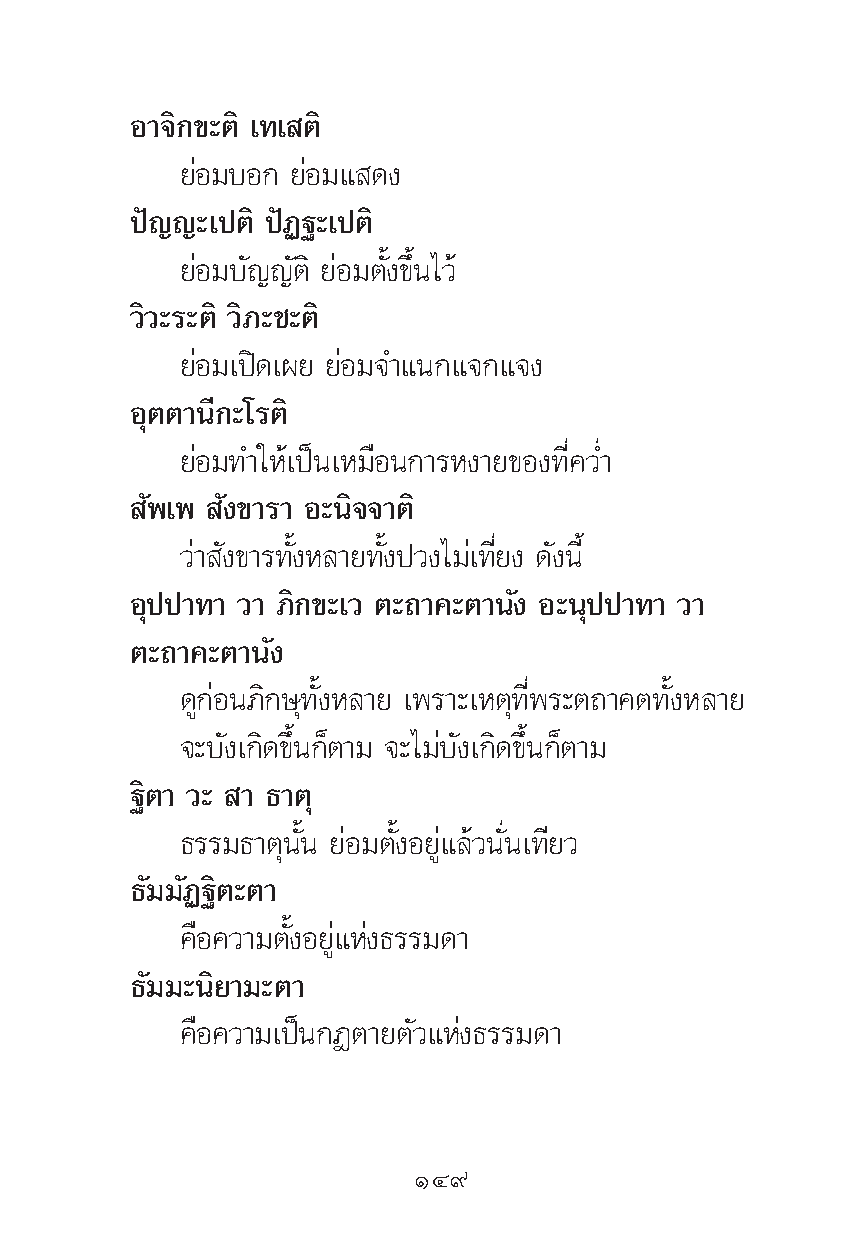
Õ“®‘°¢–μ‘ ‡∑‡ μ‘
 ¬àÕ¡∫Õ° ¬àÕ¡· ¥ß
 ªí≠≠–‡ªμ‘ ªíØ∞–‡ªμ‘
 ¬àÕ¡∫—≠≠—μ‘ ¬àÕ¡μ—Èß¢÷Èπ‰«â
 «‘«–√–μ‘ «‘¿–™–μ‘
 ¬àÕ¡‡ªî¥‡º¬ ¬àÕ¡®”·π°·®°·®ß
 Õÿμμ“π’°–‚√μ‘
 ¬àÕ¡∑”„Àâ‡ªìπ‡À¡◊Õπ°“√Àß“¬¢Õß∑’Ë§«Ë”
 —æ‡æ —ß¢“√“ Õ–π‘®®“μ‘
 «à“ —ß¢“√∑—ÈßÀ≈“¬∑—Èßª«ß‰¡à‡∑’Ë¬ß ¥—ßπ’È
 Õÿªª“∑“ «“ ¿‘°¢–‡« μ–∂“§–μ“π—ß Õ–πÿªª“∑“ «“
 μ–∂“§–μ“π—ß
 ¥Ÿ°àÕπ¿‘°…ÿ∑—ÈßÀ≈“¬ ‡æ√“–‡Àμÿ∑’Ëæ√–μ∂“§μ∑—ÈßÀ≈“¬
 ®–∫—ß‡°‘¥¢÷Èπ°Áμ“¡ ®–‰¡à∫—ß‡°‘¥¢÷Èπ°Áμ“¡
 ∞‘μ“ «– “ ∏“μÿ
 ∏√√¡∏“μÿπ—Èπ ¬àÕ¡μ—ÈßÕ¬Ÿà·≈â«π—Ëπ‡∑’¬«
 ∏—¡¡—Ø∞‘μ–μ“
 §◊Õ§«“¡μ—ÈßÕ¬Ÿà·Ààß∏√√¡¥“
 ∏—¡¡–π‘¬“¡–μ“
 §◊Õ§«“¡‡ªìπ°Æμ“¬μ—«·Ààß∏√√¡¥“
 ÒÙ˘